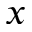
x